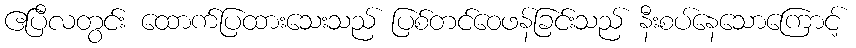
ဧပြီလတွင်း ထောက်ပြထားသေးသည် ပြစ်တင်ဝေဖန်ခြင်းသည် နီးစပ်နေသောကြောင့်